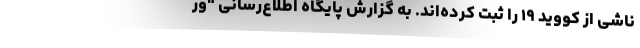
ناشی از کووید ۱۹ را ثبت کرده‌اند. به گزارش پایگاه اطلاع‌رسانی "ور